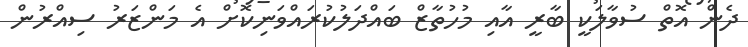
ދެން އޮތް ސުވާލަކީ ބާރީ އާއި މުހުތާޒް ބައްދަލުކުރައްވަނިކޮށް އެ މަންޒަރު ސިއްރުން